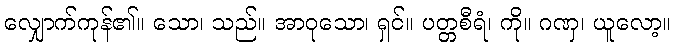
လျှောက်ကုန်၏။ သော၊ သည်။ အာဝုသော၊ ရှင်။ ပတ္တစီရံ၊ ကို။ ဂဏှ၊ ယူလော့။